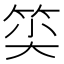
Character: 𥭍